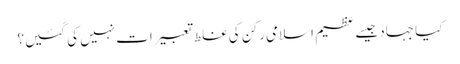
کیا جہاد جیسے عظیم اسلامی رکن کی غلط تعبیرات نہیں کی گئیں؟